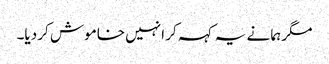
مگر ہما نے یہ کہہ کر انہیں خاموش کر دیا۔